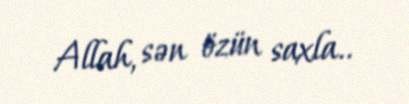
Allah, sən özün saxla..